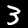
Label: 3